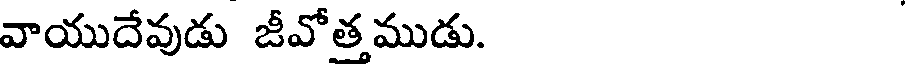
వాయుదేవుడు జీవోత్తముడు.